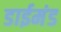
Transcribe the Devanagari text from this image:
डाईमंड